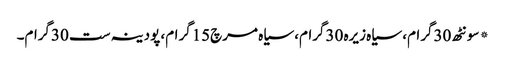
* سونٹھ 30گرام، سیاہ زیرہ 30گرام، سیاہ مرچ15گرام، پودینہ ست 30گرام۔